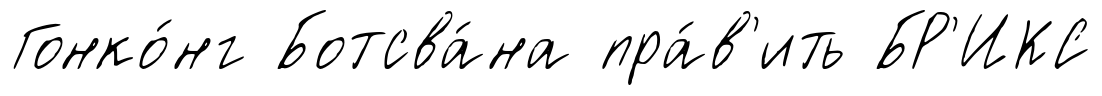
Гонко́нг Ботсва́на пра́в'ить БР'ИКС